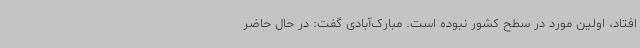
افتاد، اولین مورد در سطح کشور نبوده است. مبارک‌آبادی گفت: در حال حاضر